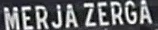
MERJAZERGÄ